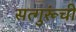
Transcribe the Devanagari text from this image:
सत्गुरूंची